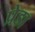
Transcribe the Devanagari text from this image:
प्रेडा